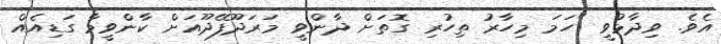
އެވެ. ވިދާޅުވީ "ހަމަ މިހާރު ތިހުރި ގޮތަށް ދާންވީ މަރަދޫފޭދޫއަށް ކާންވީމާ ގަޑިއެއް